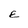
Character: E